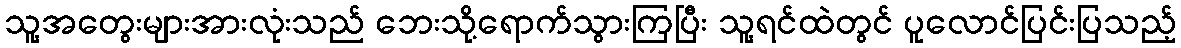
သူ့အတွေးများအားလုံးသည် ဘေးသို့ရောက်သွားကြပြီး သူ့ရင်ထဲတွင် ပူလောင်ပြင်းပြသည့်